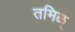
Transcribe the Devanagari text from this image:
तमिळ्